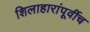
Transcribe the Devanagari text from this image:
शिलाहारांपूर्वीच